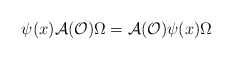
\begin{align*}\psi (x)\mathcal{A}(\mathcal{O})\Omega =\mathcal{A}(\mathcal{O})\psi(x)\Omega\end{align*}